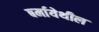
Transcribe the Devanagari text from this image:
बर्मायेथील